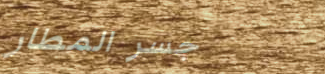
جسر المطار